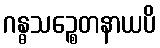
ဂန္ဓသဉ္စေတနာယပိ